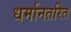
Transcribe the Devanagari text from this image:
धर्मानतरित